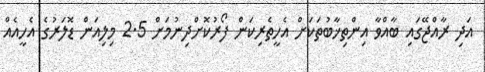
އަދި ރާއްޖޭގައި ބާއްވާ އިންތިޚާބުތަކަށް އެހީތެރިކަން ފޯރުކޮށްދިނުމަށް 2.5 މިލިއަން ޑޮލަރުގެ އެހީއެއް